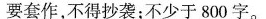
要套作，不得抄袭；不少于800字。